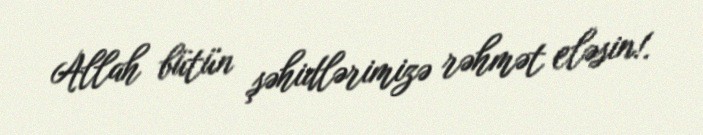
Allah bütün şəhidlərimizə rəhmət eləsin!.